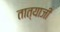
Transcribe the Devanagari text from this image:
तात्याजी